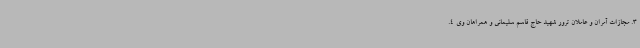
3. مجازات آمران و عاملان ترور شهید حاج قاسم سلیمانی و همراهان وی 4.